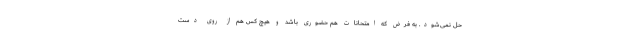
حل نمی‌شود. به فرض که امتحانات هم حضوری باشد و هیچ کس هم از روی دست